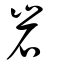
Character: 岩